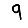
Digit: 9